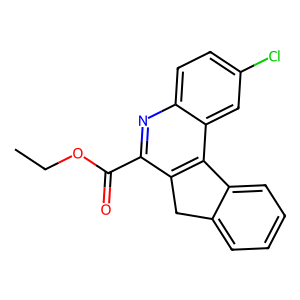
SMILES: CCOC(=O)c1nc2ccc(Cl)cc2c2c1Cc1ccccc1-2
Inhibits HIV replication: No